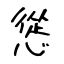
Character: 慫